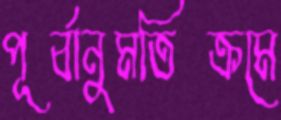
পূর্বানুমতিক্রমে